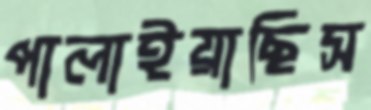
পালাইয়াছিস